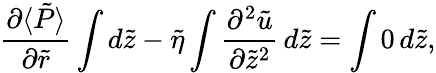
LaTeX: \frac{\partial\langle\tilde{P}\rangle}{\partial\tilde{r}}\int d\tilde{z}-\tilde{\eta}\int\frac{\partial^{2}\tilde{u}}{\partial\tilde{z}^{2}}\, d\tilde{z}=\int 0\, d\tilde{z},